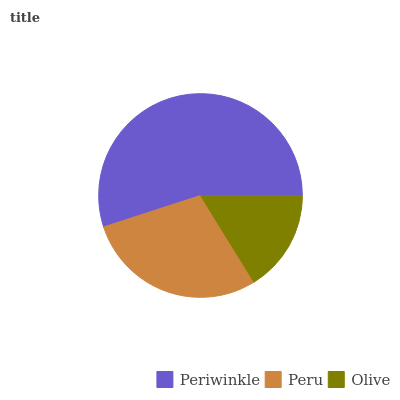
| Periwinkle | Peru | Olive |
 | --- | --- | --- |
 | 55% | 28.8% | 16.2% |